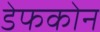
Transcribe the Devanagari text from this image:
डेफकोन